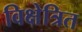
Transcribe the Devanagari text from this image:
विक्षेत्रित